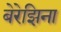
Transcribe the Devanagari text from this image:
बेरेझिना